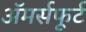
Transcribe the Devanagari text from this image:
अॅमर्सफूर्ट